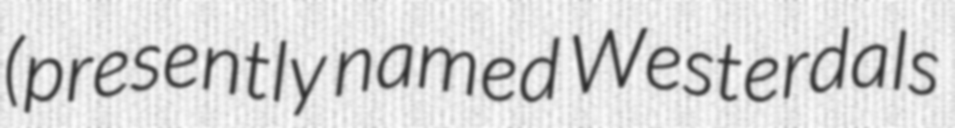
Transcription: (presently named Westerdals